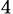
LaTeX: _4